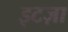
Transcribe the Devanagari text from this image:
इटज़ा